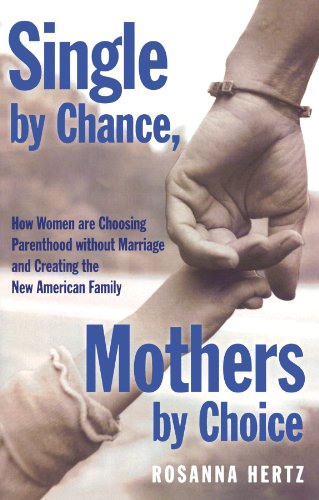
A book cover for Single by Chance, Mothers by Choice: How Women are Choosing Parenthood without Marriage and Creating the New American Family; Rosanna Hertz; Parenting & Relationships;